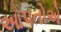
આપતોએ